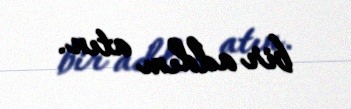
bir addım atın.